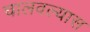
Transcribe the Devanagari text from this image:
चालवल्यास